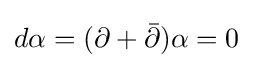
d\alpha =(\partial +{\bar {\partial }})\alpha =0